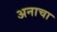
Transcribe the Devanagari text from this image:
अनाचा